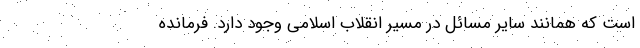
است که همانند سایر مسائل در مسیر انقلاب اسلامی وجود دارد. فرمانده